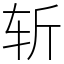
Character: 斩